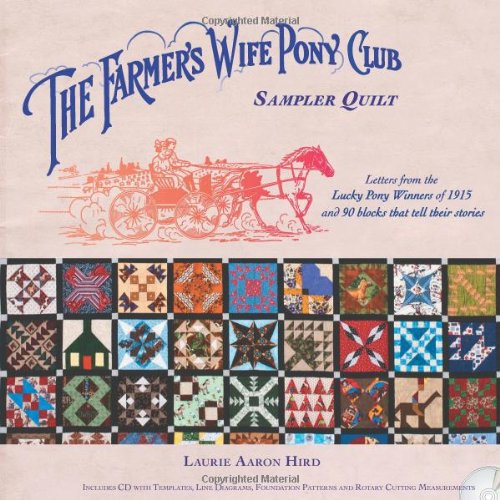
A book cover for The Farmer's Wife Pony Club Sampler Quilt: Letters From the Lucky Pony Winners of 1915 and 90 Blocks That Tell Their Stories; Laurie Aaron Hird; Crafts, Hobbies & Home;